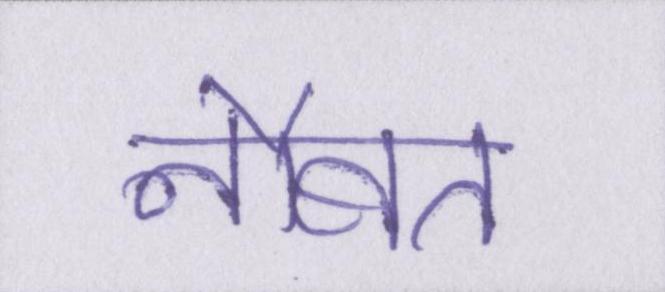
नौबत